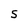
Character: S